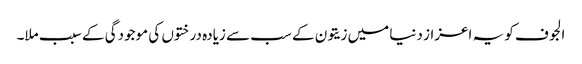
الجوف کو یہ اعزاز دنیا میں زیتون کے سب سے زیادہ درختوں کی موجودگی کے سبب ملا۔